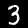
Label: 3